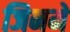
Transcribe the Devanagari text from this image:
जिनमें